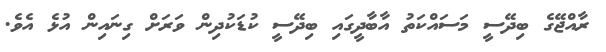
ރާއްޖޭގެ ބިދޭސީ މަސައްކަތު އާބާދީގައި ބިދޭސީ ކުޑަކުދިން ވަރަށް ގިނައިން އުޅެ އެވެ.